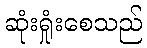
ဆုံးရှုံးစေသည်